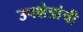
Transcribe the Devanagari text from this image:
उपक्षेत्रांची